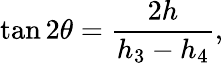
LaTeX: \tan 2\theta=\frac{2h}{h_{3}-h_{4}},